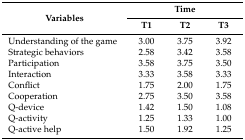
| <ROWSPAN=2> Variables | <COLSPAN=3> Time |
 | T1 | T2 | T3 |
 | --- | --- | --- | --- |
 | Understanding of the game | 3.00 | 3.75 | 3.92 |
 | Strategic behaviors | 2.58 | 3.42 | 3.58 |
 | Participation | 3.58 | 3.75 | 3.50 |
 | Interaction | 3.33 | 3.58 | 3.33 |
 | Conflict | 1.75 | 2.00 | 1.75 |
 | Cooperation | 2.75 | 3.50 | 3.58 |
 | Q-device | 1.42 | 1.50 | 1.08 |
 | Q-activity | 1.25 | 1.33 | 1.00 |
 | Q-active help | 1.50 | 1.92 | 1.25 |